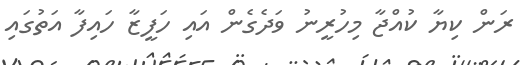
ރަން ކިޔާ ކުއްޖާ މިހުރީނު ވަދެގެން އައި ހަފީޒާ ހައިފާ އަތުގައި